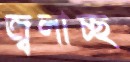
জ্বলাচ্ছ